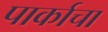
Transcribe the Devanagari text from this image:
पार्काचा